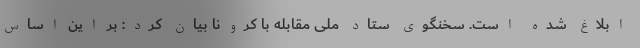
ابلاغ شده است. سخنگوی ستاد ملی مقابله با کرونا بیان کرد: بر این اساس